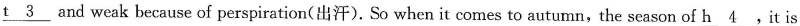
\underline{t3} and weak because of perspiration(出汗). So when it comes to autumn,the season of \underline{h4}，It is